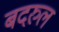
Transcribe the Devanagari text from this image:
बदरुल